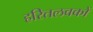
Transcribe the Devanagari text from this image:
हरितलवकों